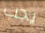
يجب